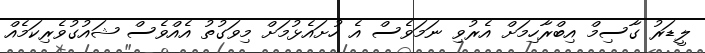
ލީޑަރު ގާސިމް އިބްރާހިމަށް އެރުވި ނަމަވެސް އެ ހުށައެޅުމަށް މިވަގުތު އެއްވެސް ޝައުގުވެރިކަމެއް